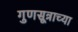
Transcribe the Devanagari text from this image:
गुणसूत्राच्या